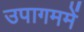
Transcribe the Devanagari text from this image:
उपागममें